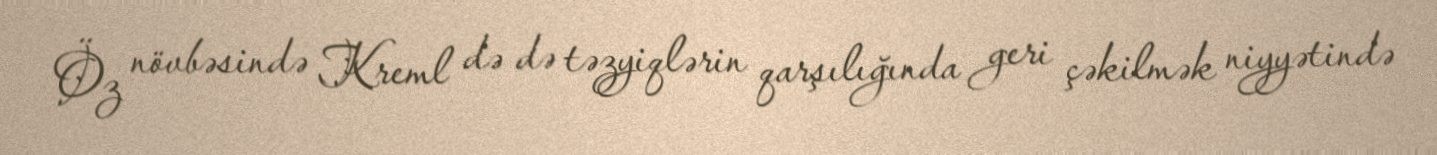
Öz növbəsində Kreml də də təzyiqlərin qarşılığında geri çəkilmək niyyətində